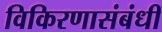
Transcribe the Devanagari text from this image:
विकिरणासंबंधी